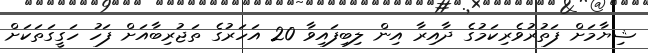
ޝިޔާމަށް ފަތުރުވެރިކަމުގެ ދާއިރާ އިން ލިބިފައިވާ 20 އަހަރުގެ ތަޖުރިބާއަށް ފަހު ހަގީގަތަކަށް